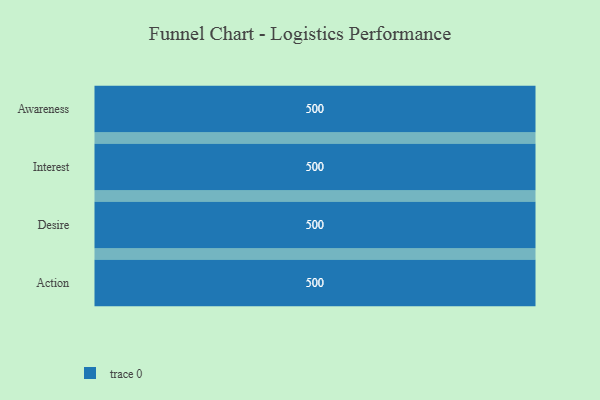
{"axis": {"x": "Stage", "y": "Value"}, "legend": [""], "data": [{"x": "Awareness", "y": 500, "type": ""}, {"x": "Interest", "y": 500, "type": ""}, {"x": "Desire", "y": 500, "type": ""}, {"x": "Action", "y": 500, "type": ""}]}